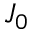
J _ { 0 }